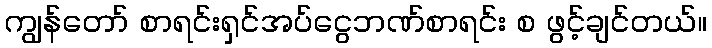
ကျွန်တော် စာရင်းရှင်အပ်ငွေဘဏ်စာရင်း စ ဖွင့်ချင်တယ်။